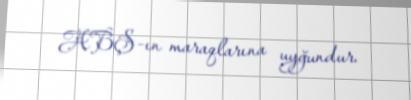
ABŞ-ın maraqlarına uyğundur.